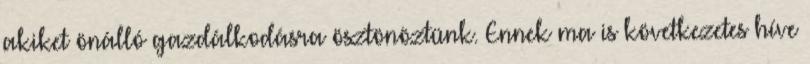
akiket önálló gazdálkodásra ösztönöztünk. Ennek ma is következetes híve